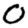
Digit: 0